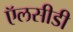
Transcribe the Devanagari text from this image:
ऍलसीडी